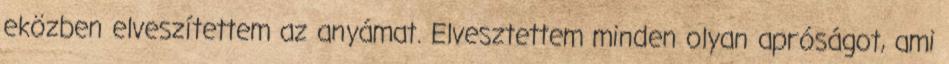
eközben elveszítettem az anyámat. Elvesztettem minden olyan apróságot, ami